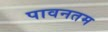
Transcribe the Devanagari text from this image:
पावनतम